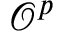
{ \mathcal { O } } ^ { p }